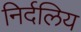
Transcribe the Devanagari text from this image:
निर्दलिय